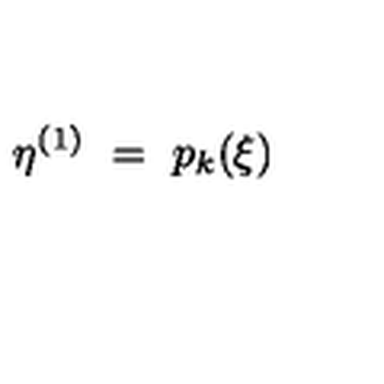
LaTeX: \eta ^ { ( 1 ) } \ = \ p _ { k } ( \xi )